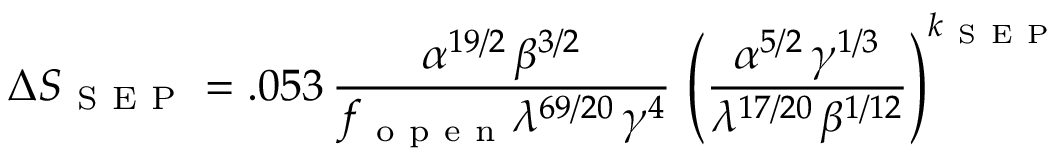
\Delta S _ { \mathrm { ~ S ~ E ~ P ~ } } = . 0 5 3 \, \frac { \alpha ^ { 1 9 / 2 } \, \beta ^ { 3 / 2 } } { f _ { \mathrm { ~ o ~ p ~ e ~ n ~ } } \lambda ^ { 6 9 / 2 0 } \, \gamma ^ { 4 } } \, \left( \frac { \alpha ^ { 5 / 2 } \, \gamma ^ { 1 / 3 } } { \lambda ^ { 1 7 / 2 0 } \, \beta ^ { 1 / 1 2 } } \right) ^ { k _ { \mathrm { ~ S ~ E ~ P ~ } } }